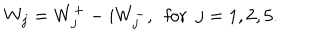
W _ { j } = W _ { j } ^ { + } - i W _ { j } ^ { - } , ~ ~ \mathrm { f o r } ~ ~ j = 1 , 2 , 5 .